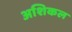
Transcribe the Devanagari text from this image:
अशिकल